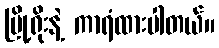
မြို့ရိုးနဲ့ ကာရံထားပါတယ်။